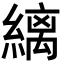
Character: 縭